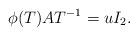
LaTeX: \begin{align*}\phi(T)AT^{-1}=u I_{2}.\end{align*}